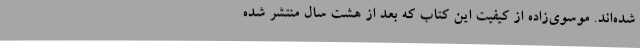
شده‌اند. موسوی‌زاده از کیفیت این کتاب که بعد از هشت سال منتشر شده